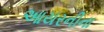
આયરનીના